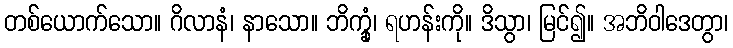
တစ်ယောက်သော။ ဂိလာနံ၊ နာသော။ ဘိက္ခုံ၊ ရဟန်းကို။ ဒိသွာ၊ မြင်၍။ အဘိဝါဒေတွာ၊